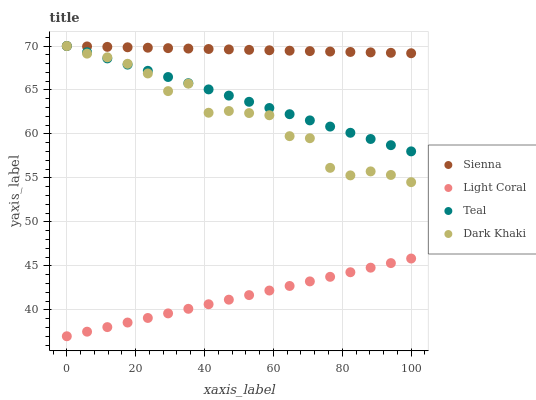
| xaxis_label | Sienna | Light Coral | Teal | Dark Khaki |
 | --- | --- | --- | --- | --- |
 | 0 | 70 | 37 | 70 | 70 |
 | 5.88 | 70 | 37.5 | 69.3 | 69.1 |
 | 11.8 | 69.9 | 38 | 68.6 | 68.7 |
 | 17.6 | 69.9 | 38.6 | 67.9 | 68 |
 | 23.5 | 69.8 | 39.1 | 67.2 | 66.9 |
 | 29.4 | 69.8 | 39.6 | 66.5 | 64.9 |
 | 35.3 | 69.7 | 40.1 | 65.8 | 65.7 |
 | 41.2 | 69.7 | 40.6 | 65.1 | 62.4 |
 | 47.1 | 69.6 | 41.2 | 64.4 | 62.6 |
 | 52.9 | 69.6 | 41.7 | 63.7 | 62.4 |
 | 58.8 | 69.5 | 42.2 | 63 | 62.1 |
 | 64.7 | 69.5 | 42.7 | 62.2 | 59.8 |
 | 70.6 | 69.4 | 43.2 | 61.5 | 59.5 |
 | 76.5 | 69.4 | 43.8 | 60.8 | 56.1 |
 | 82.4 | 69.3 | 44.3 | 60.1 | 55.3 |
 | 88.2 | 69.3 | 44.8 | 59.4 | 55.7 |
 | 94.1 | 69.2 | 45.3 | 58.7 | 55.3 |
 | 100 | 69.2 | 45.8 | 58 | 54.5 |